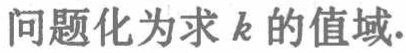
问题化为求 \(k\) 的值域.